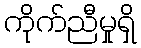
ကိုက်ညီမှုရှိ